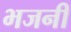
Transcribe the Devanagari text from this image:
भजनीं